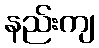
နည်းကျ